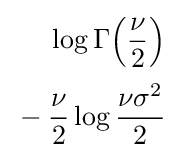
{\begin{aligned}&\log \Gamma {\left({\frac {\nu }{2}}\right)}\\[2pt]{}-{}&{\frac {\nu }{2}}\log {\frac {\nu \sigma ^{2}}{2}}\end{aligned}}